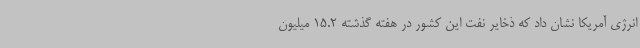
انرژی آمریکا نشان داد که ذخایر نفت این کشور در هفته گذشته 15.2 میلیون